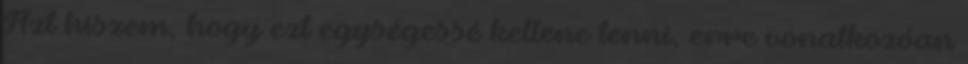
Azt hiszem, hogy ezt egységessé kellene tenni, erre vonatkozóan